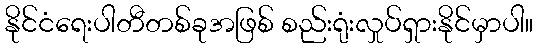
နိုင်ငံရေးပါတီတစ်ခုအဖြစ် စည်းရုံးလှုပ်ရှားနိုင်မှာပါ။